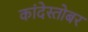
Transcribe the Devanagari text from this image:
कांदेस्तोबर